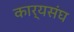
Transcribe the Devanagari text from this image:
कार्यसंघ